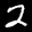
Label: 2